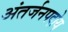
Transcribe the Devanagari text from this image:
अंतर्जनपदोय